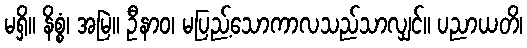
မရှိ။ နိစ္စံ၊ အမြဲ။ ဦနာဝ၊ မပြည့်သောကာလသည်သာလျှင်။ ပညာယတိ၊